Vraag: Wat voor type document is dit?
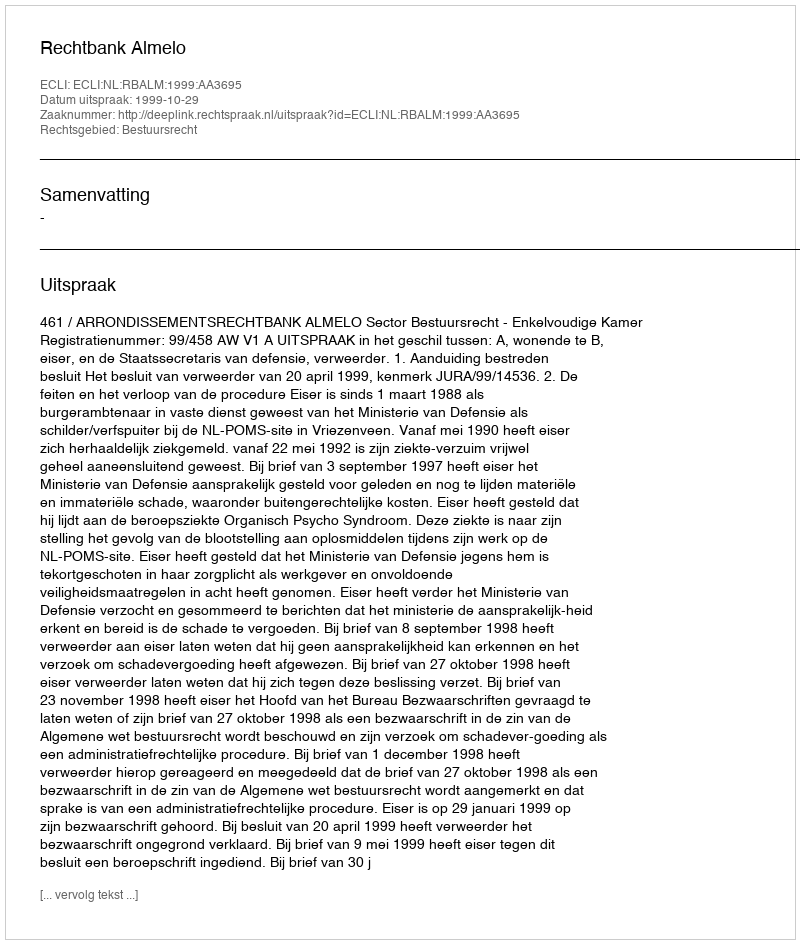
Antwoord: Uitspraak